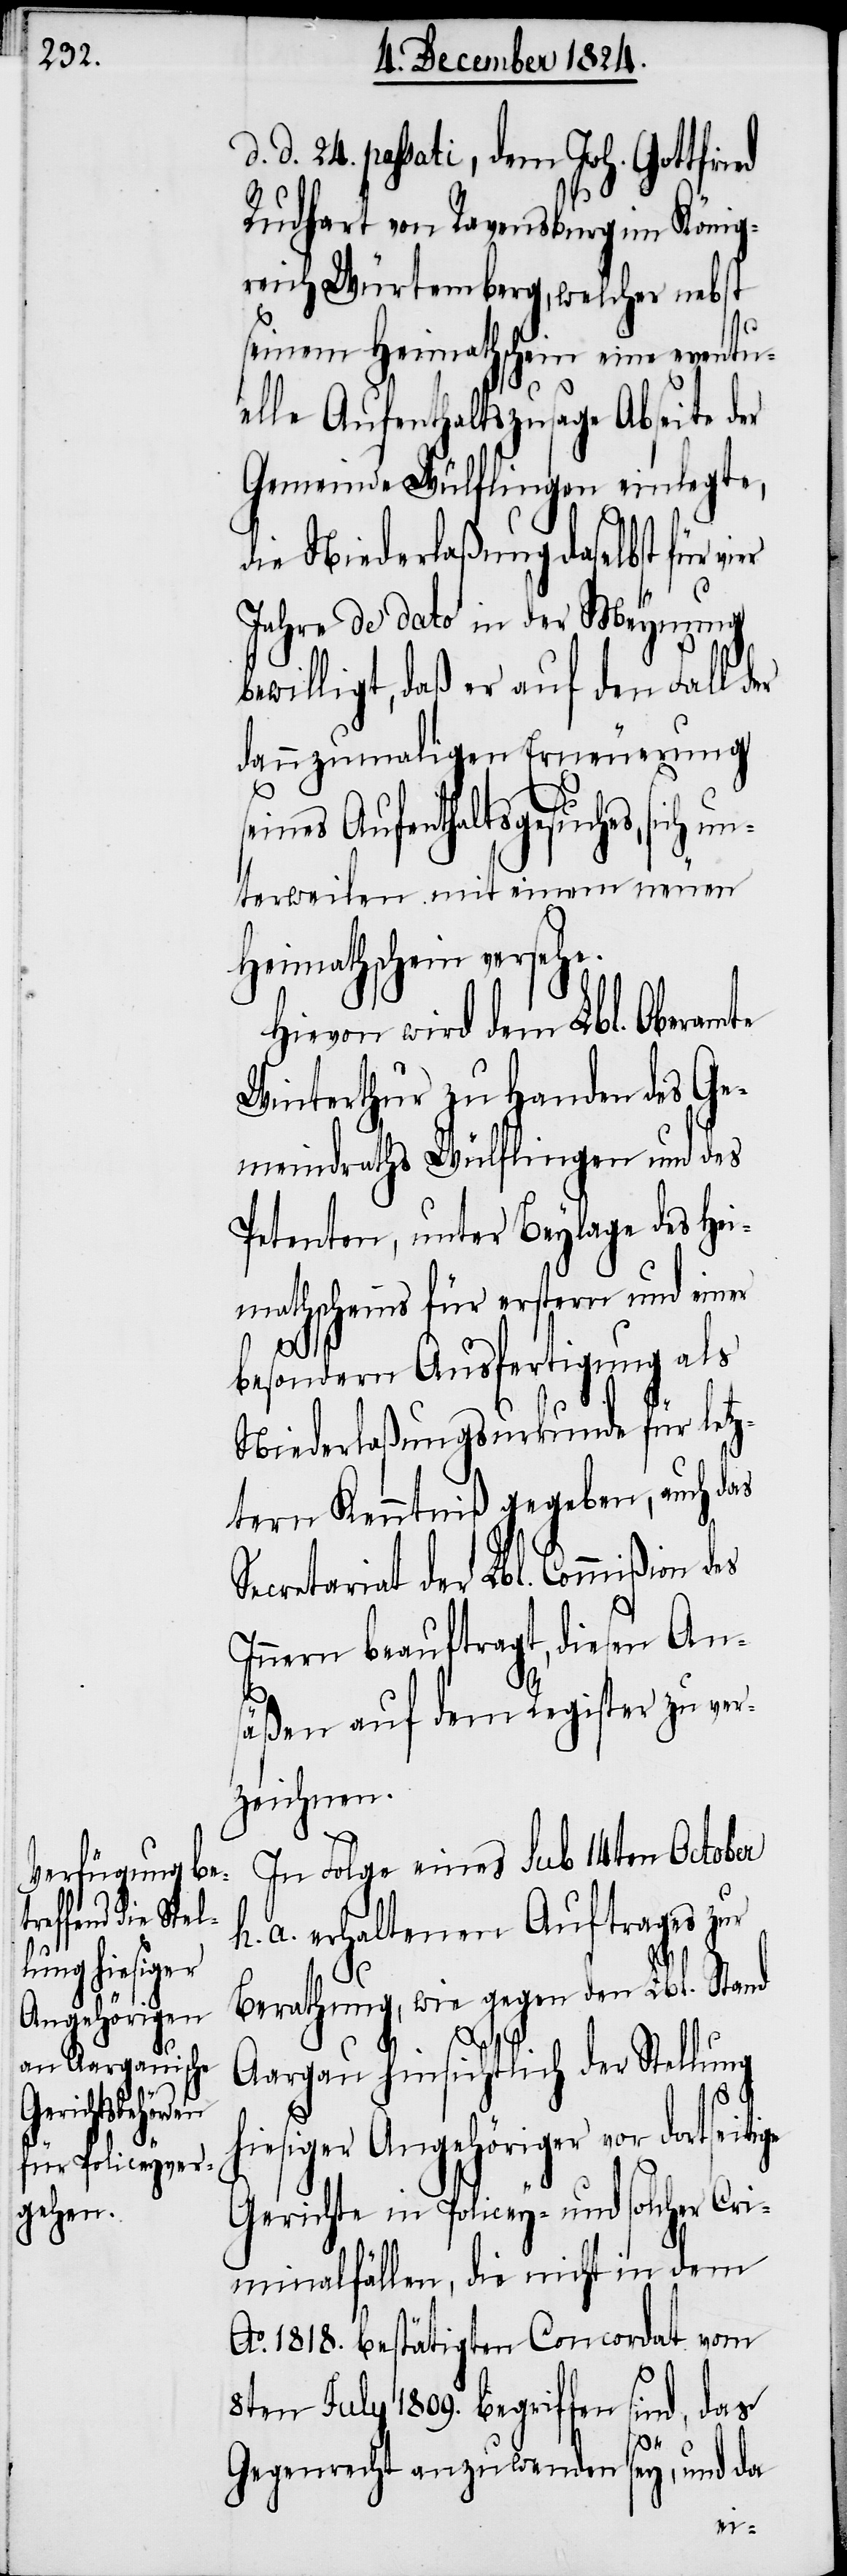
ti¬

d. 24. passati, dem Joh. Gottfri¬
Rudhart von Ravensburg im König¬
reich Würtemberg, welcher nebst
seinem Heimathschein eine eventu¬
elle Aufenthaltszusage Abseite der
Gemeinde Wülflingen einlegte,
die Niederlaßung daselbst für vier
Jahre de dato in der Meynung
bewilligt, daß er auf den Fall der
dannzumaligen Erneuerung
s¬
eines Aufenthaltsgesuches, sich u¬
nterweilen mit einem neuen
Heimathschein versehe.
Hievon wird dem Lbl. Oberamte
Winterthur zu Handen des Ge¬
meindraths Wülflingen und des
Petenten, unter Beylage des Hei¬
mathscheins für erstern und einer
besonders Ausfertigung als
Niederlaßungsurkunde für letz¬
tern Kenntniß gegeben, auch das
ecretariat der Lbl. Commißion
Innern beauftragt, diesen Ans¬
äßen auf dem Register zu ver¬
zeichnen.
In Folge eines sub 14ten October
a. erhaltenen Auftrages zur
Berathung, wie gegen den Lbl. Stand
ge
Aargau hinsichtlich der Stellung
iesiger Angehöriger vor dortsei¬
Gerichte in Policey- und solcher Cri¬
minalfällen, die nicht in dem
Ao. 181. bestätigten Concordat vom
8ten July 1809. begriffen sind, das
Gegenrecht anzuwenden sey, und da